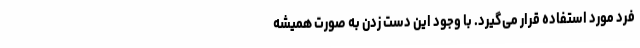
فرد مورد استفاده قرار می‌گیرد. با وجود این دست زدن به صورت همیشه